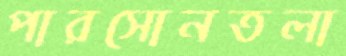
পারসোনতলা